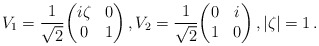
\begin{align*} V_1 = \frac{1}{\sqrt{2}} \biggl( \begin{matrix} i\zeta & 0 \\ 0 & 1 \end{matrix} \biggr) \,, V_2 = \frac{1}{\sqrt{2}} \biggl( \begin{matrix} 0 & i \\ 1 & 0\end{matrix} \biggr) \,, |\zeta|=1\,.\end{align*}